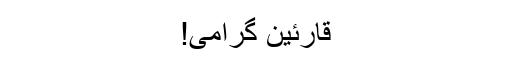
قارئین گرامی!